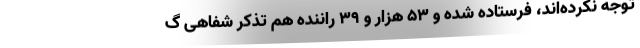
توجه نکرده‌اند، فرستاده شده و ۵۳ هزار و ۳۹ راننده هم تذکر شفاهی گ